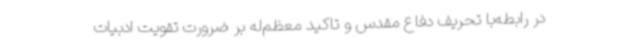
در رابطه‌با تحریف دفاع مقدس و تاکید معظم‌له بر ضرورت تقویت ادبیات